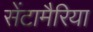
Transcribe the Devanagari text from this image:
सेंटामैरिया